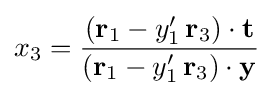
x_{3}={\frac {(\mathbf {r} _{1}-y'_{1}\,\mathbf {r} _{3})\cdot \mathbf {t} }{(\mathbf {r} _{1}-y'_{1}\,\mathbf {r} _{3})\cdot \mathbf {y} }}